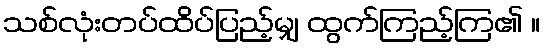
သစ်လုံးတပ်ထိပ်ပြည့်မျှ ထွက်ကြည့်ကြ၏ ။